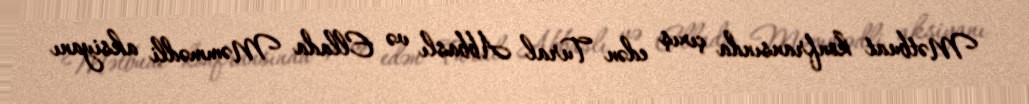
Mətbuat konfransında çıxış edən Tural Abbaslı və Ellada Məmmədli aksiyanı